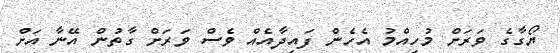
ޔޯގާގެ ވަރަށް މުހިއްމު އެހެން ފައިދާއެއް ވެސް ވަރަށް ގާތުން އޭނާ އަށް